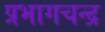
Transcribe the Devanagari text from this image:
प्रभागचन्द्र